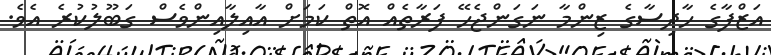
އަޒްފާގެ ހާދިސާގެ ޒިންމާ ނަގަންޖެހޭ ފަރާތެއް އޮތް ކަމަށް އާއިލާއިންވެސް ގަބޫލުކުރެ އެވެ.